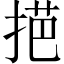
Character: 𢯓